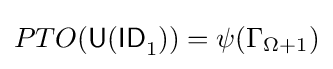
PTO({\mathsf {U(ID}}_{1}{\mathsf {)}})=\psi (\Gamma _{\Omega +1})